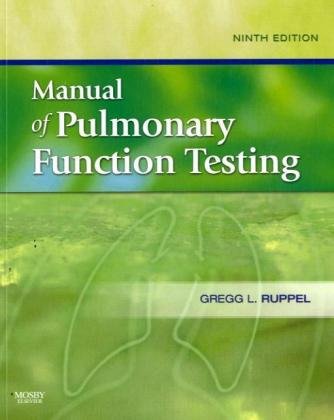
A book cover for Manual of Pulmonary Function Testing, 9e (MANUAL OF PULMONARY FUNCTION TESTING ( RUPPEL)); Gregg L. Ruppel MEd  RRT  RPFT  FAARC; Medical Books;